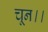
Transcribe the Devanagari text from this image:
चून।।